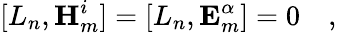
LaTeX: [L_{n},\mathbf{H}_{m}^{i}]=[L_{n},\mathbf{E}_{m}^{\alpha}]=0\quad,